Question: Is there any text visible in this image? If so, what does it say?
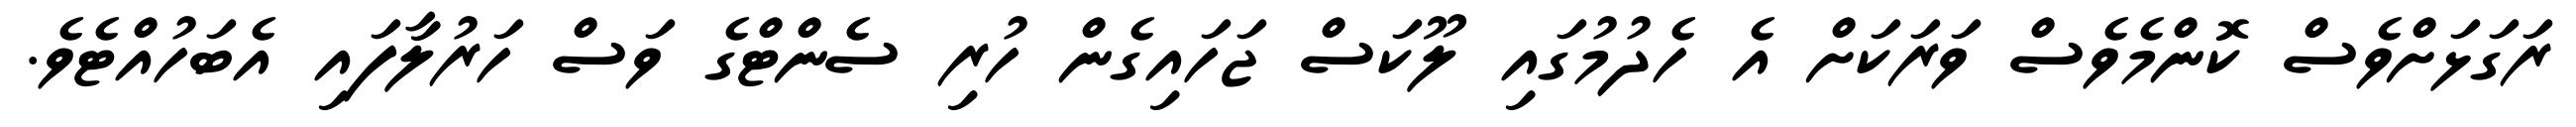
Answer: ރަގަޅަށްވެސް ކޮންމެވެސް ވަރަކަށް އެ ހެދުމުގައި ލޫކަސް ޖަހައިގެން ހުރި ސެންޓްގެ ވަސް ހަރުލާފައި އެބަހުއްޓެވެ.